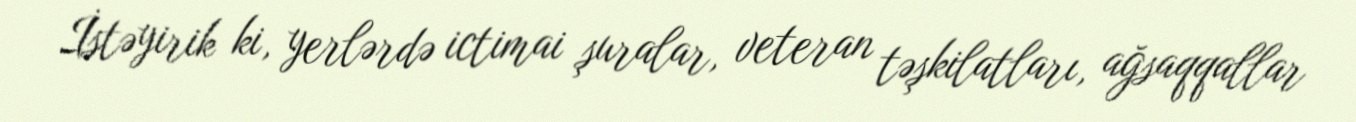
İstəyirik ki, yerlərdə ictimai şuralar, veteran təşkilatları, ağsaqqallar